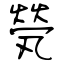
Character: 煢